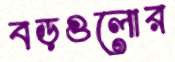
বড়গুলোর